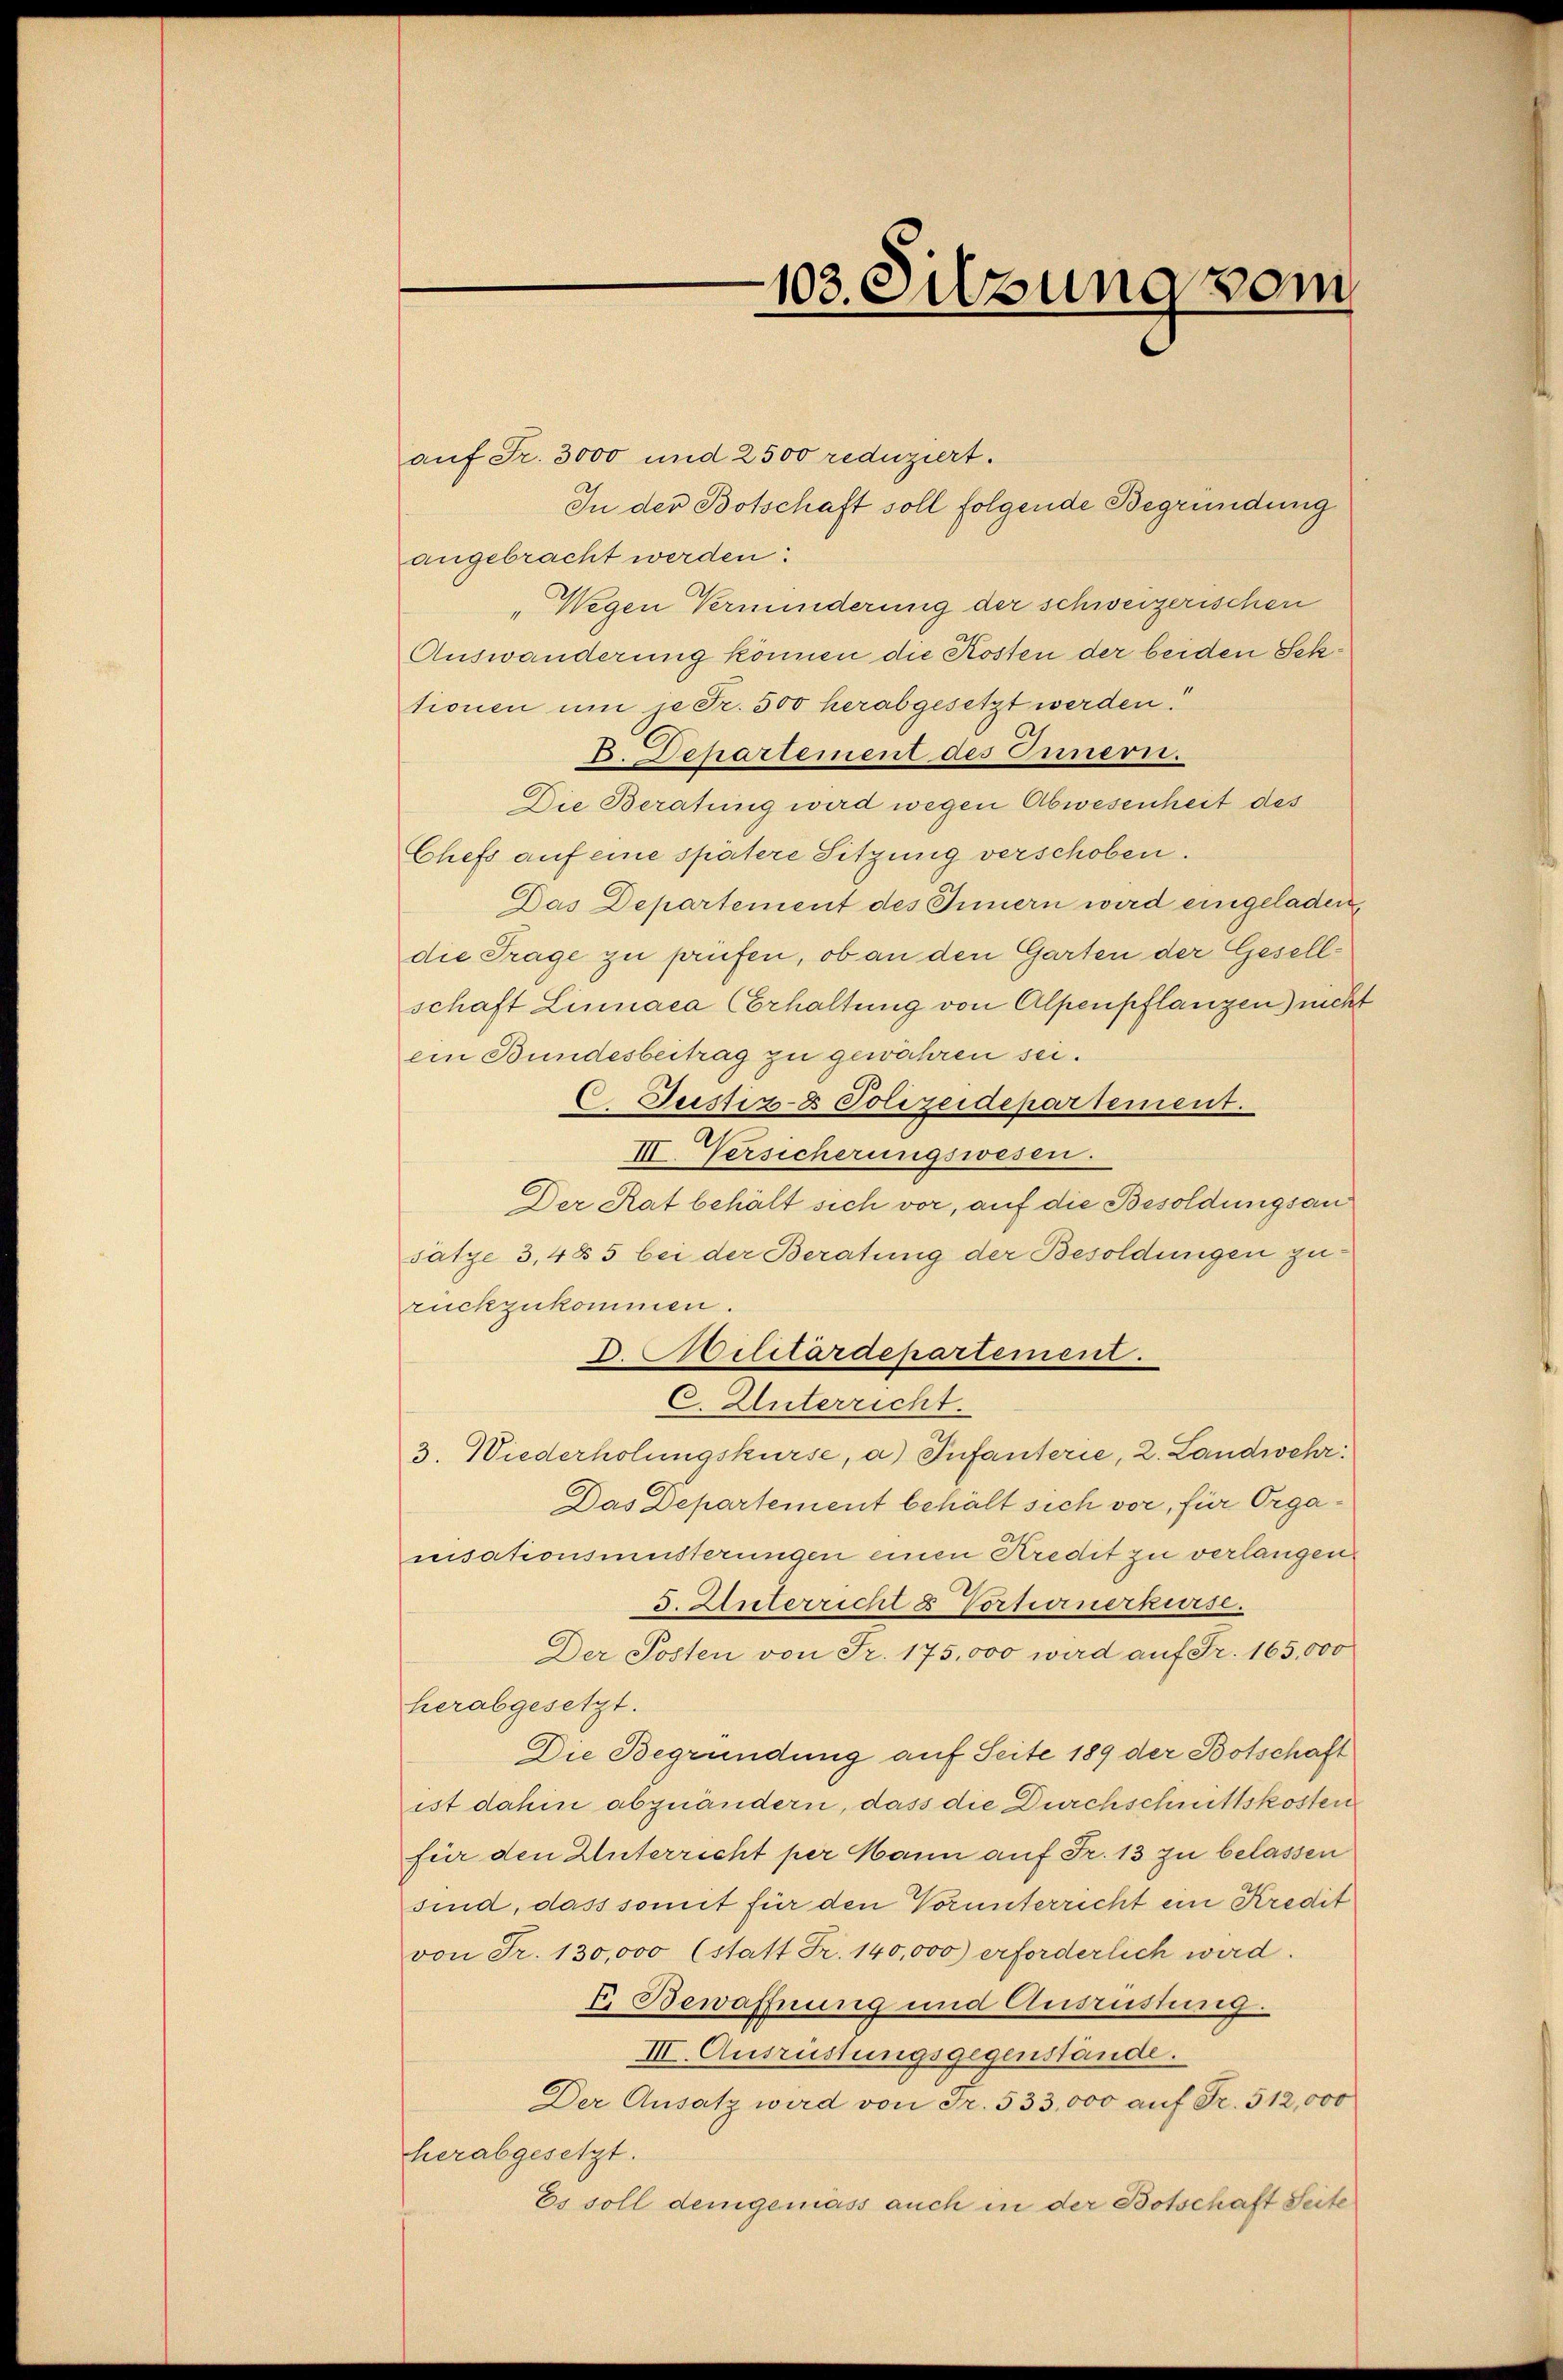
auf Fr. 3000 und 2500 reduziert.
In der Botschaft soll folgende Begründung
angebracht werden:
„Wegen Verminderung der schweizerischen
Auswanderung können die Kosten der beiden Sektionen um je Fr. 500 herabgesetzt werden!
D. Departement des Einnern.
Die Beratung wird wegen Abwesenheit des
Chefs auf eine spätere Sitzung verschoben.
Das Departement des Innern wird eingeladen
die Trage zu prüfen, ob an den Garten der Gesellschaft Linnaca Cerhaltung von Alpenpflangen) nicht
ein Bundesbeitrag zu gewähren sei.
6. Justiz- & Polizeidepartement.
III. Versicherungswesen.
Der Rat behält sich vor, auf die Besoldungsan
satze 3,485 bei der Beratung der Besoldungen zurückzukommen.
C. Unterricht.
3. Wiederholungskurse, a) Infanterie, 2. Landwehr
Das Departement behält sich vor, für Organisationsmüsterungen einen Kredit zu verlangen
3. Unterricht & Vortunerkurse.
Der Posten von Fr. 175,000 wird auf Fr. 165,000
herabgesetzt.
Die Begründung auf Seite 189 der Botschaft
ist dahin abzuändern, dass die Durchschnittskosten
für den Unterricht per Mann auf Fr. 13 zu belassen
sind, dass somit für den Vorunterricht ein Kredit
von Fr. 130,000 (statt Fr. 140,000) erforderlich wird.
7 Bewaffnung und Ausrüstung.
III. Ausrüstungsgegenstände.
Der Ansatz wird von Fr. 533,000 auf Fr. 512,000
herabgesetzt.
Es soll demgemäss auch in der Botschaft Seite

D. Militärdepartement.

103. Silzung vom